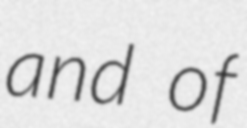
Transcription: and of